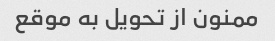
ممنون از تحویل به موقع